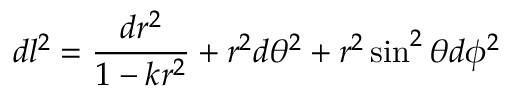
d l ^ { 2 } = { \frac { d r ^ { 2 } } { 1 - k { r ^ { 2 } } } } + r ^ { 2 } d \theta ^ { 2 } + r ^ { 2 } \sin ^ { 2 } \theta d \phi ^ { 2 }